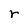
Character: r